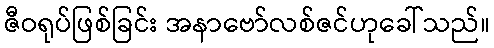
ဇီဝရုပ်ဖြစ်ခြင်း အနာဗော်လစ်ဇင်ဟုခေါ်သည်။